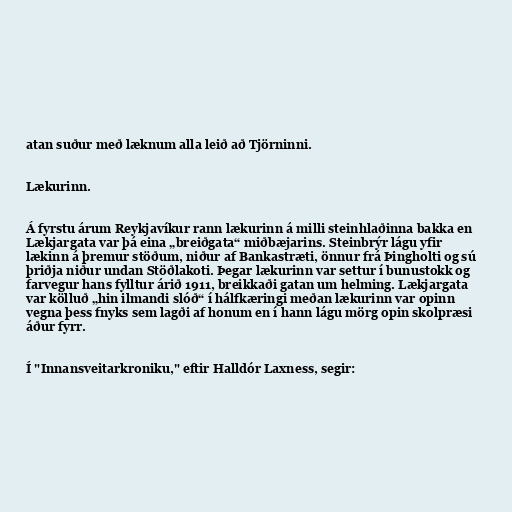
atan suður með læknum alla leið að Tjörninni.

Lækurinn.

Á fyrstu árum Reykjavíkur rann lækurinn á milli steinhlaðinna bakka en
Lækjargata var þá eina „breiðgata“ miðbæjarins. Steinbrýr lágu yfir
lækinn á þremur stöðum, niður af Bankastræti, önnur frá Þingholti og sú
þriðja niður undan Stöðlakoti. Þegar lækurinn var settur í bunustokk og
farvegur hans fylltur árið 1911, breikkaði gatan um helming. Lækjargata
var kölluð „hin ilmandi slóð“ í hálfkæringi meðan lækurinn var opinn
vegna þess fnyks sem lagði af honum en í hann lágu mörg opin skolpræsi
áður fyrr.

Í "Innansveitarkroniku," eftir Halldór Laxness, segir: